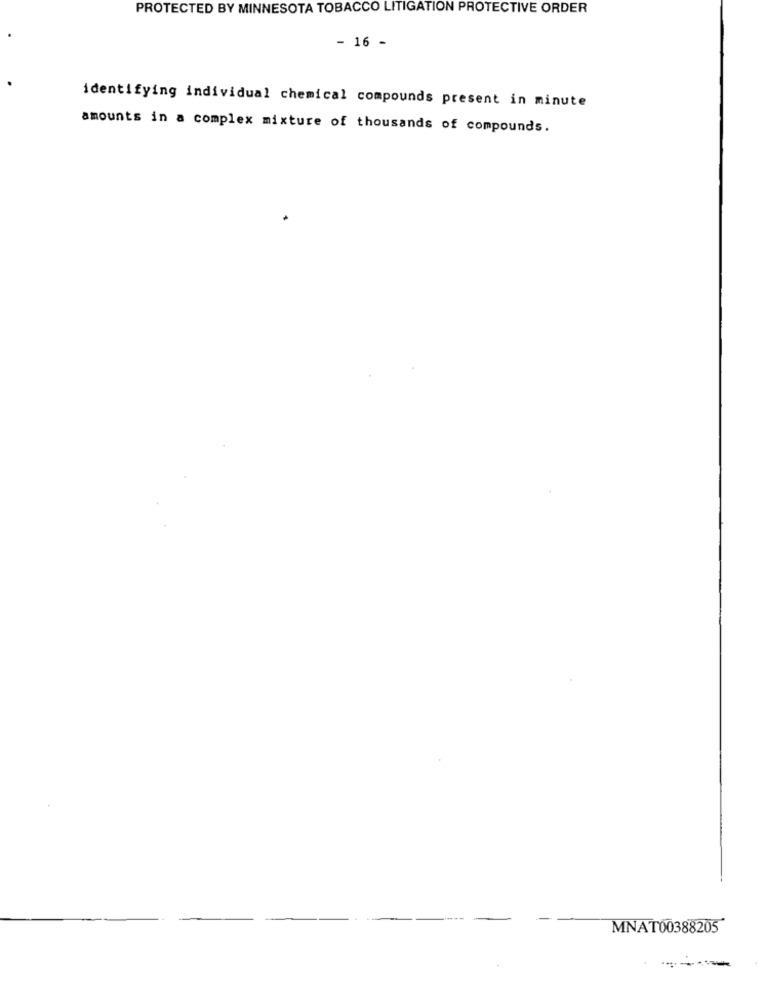
PROTECTED BY MINNESOTA TOBACCO LITIGATION PROTECTIVE ORDER
- 16 -
identifying individual chemical compounds present in minute
amounts in a complex mixture of thousands of compounds.
MNAT00388205